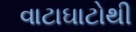
વાટાઘાટોથી